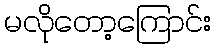
မလိုတော့ကြောင်း